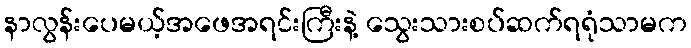
နာလွန်းပေမယ့်အဖေအရင်းကြီးနဲ့ သွေးသားစပ်ဆက်ရရုံသာမက